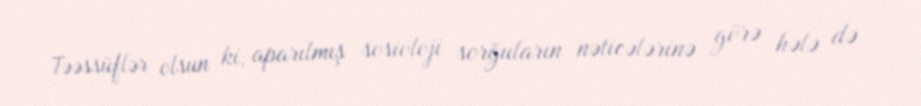
Təəssüflər olsun ki, aparılmış sosioloji sorğuların nəticələrinə görə hələ də